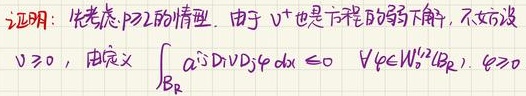
证明：先考虑$p = 2$的情形。由于$v^{+}$也是方程的弱下解，不妨设$v \geq 0$，由定义
\[\int_{B_{R}} a^{ij} D_{i}v D_{j}\varphi \mathrm{d}x \leq 0 \quad \forall \varphi \in W_{0}^{1,2}(B_{R}), \varphi \geq 0\]